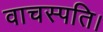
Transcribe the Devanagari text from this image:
वाचस्‍पति।